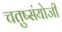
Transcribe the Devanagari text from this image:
चतुष्संयोजी